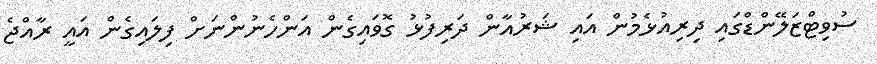
ސުވިޓްޒަލޭންޑްގައި ދިރިއުޅެމުން އައި ޝަރުއާން ދަރިފުޅު ގޮވައިގެން އަންހެނުންނަށް ފިލައިގެން އައީ ރާއްޖެ